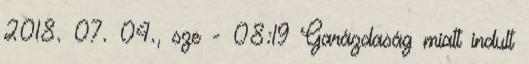
2018. 07. 04., sze - 08:19 Garázdaság miatt indult